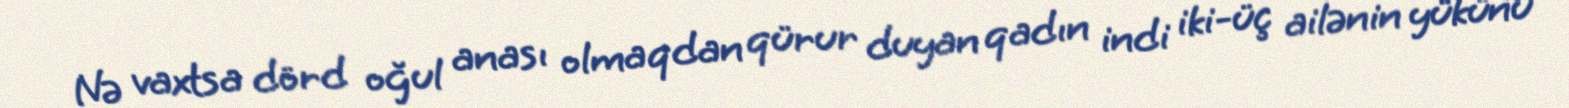
Nə vaxtsa dörd oğul anası olmaqdan qürur duyan qadın indi iki-üç ailənin yükünü